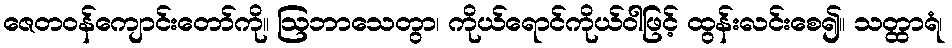
ဇေတဝန်ကျောင်းတော်ကို။ ဩဘာသေတွာ၊ ကိုယ်ရောင်ကိုယ်ဝါဖြင့် ထွန်းလင်းစေ၍။ သတ္ထာရံ၊